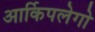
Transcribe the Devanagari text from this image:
आर्किपलेगो